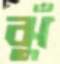
ঝুঁ